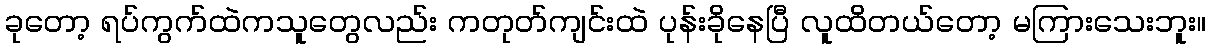
ခုတော့ ရပ်ကွက်ထဲကသူတွေလည်း ကတုတ်ကျင်းထဲ ပုန်းခိုနေပြီ လူထိတယ်တော့ မကြားသေးဘူး။